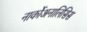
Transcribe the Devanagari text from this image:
नार्कोअनालिसिस